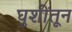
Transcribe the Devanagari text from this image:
घुशींतून